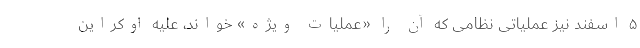
۵ اسفند نیز عملیاتی نظامی که آن را «عملیات ویژه» خواند، علیه اوکراین